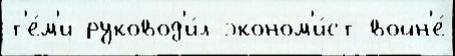
т'е́м'и руковод'и́л эконом'и́ст войн'е́